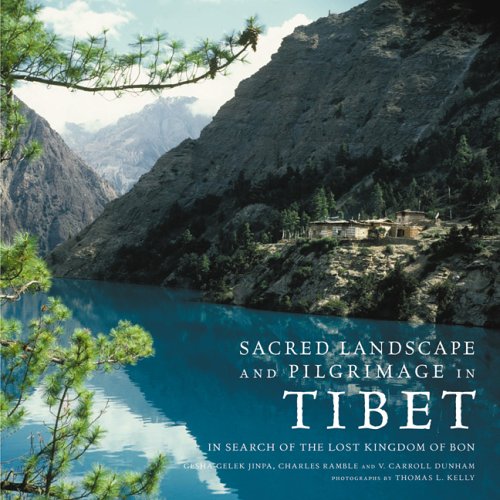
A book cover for Sacred Landscape And Pilgrimage in Tibet: In Search of the Lost Kingdom of Bon; Gesha Gelek Jinpa; Travel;